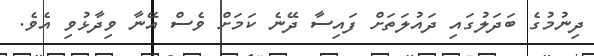
ދިނުމުގެ ބަދަލުގައި ދައުލަތަށް ފައިސާ ދޭނެ ކަމަށް ވެސް އޭނާ ވިދާޅުވި އެވެ.